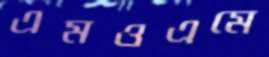
এমওএমে